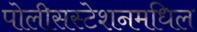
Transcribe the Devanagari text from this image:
पोलीसस्टेशनमधिल